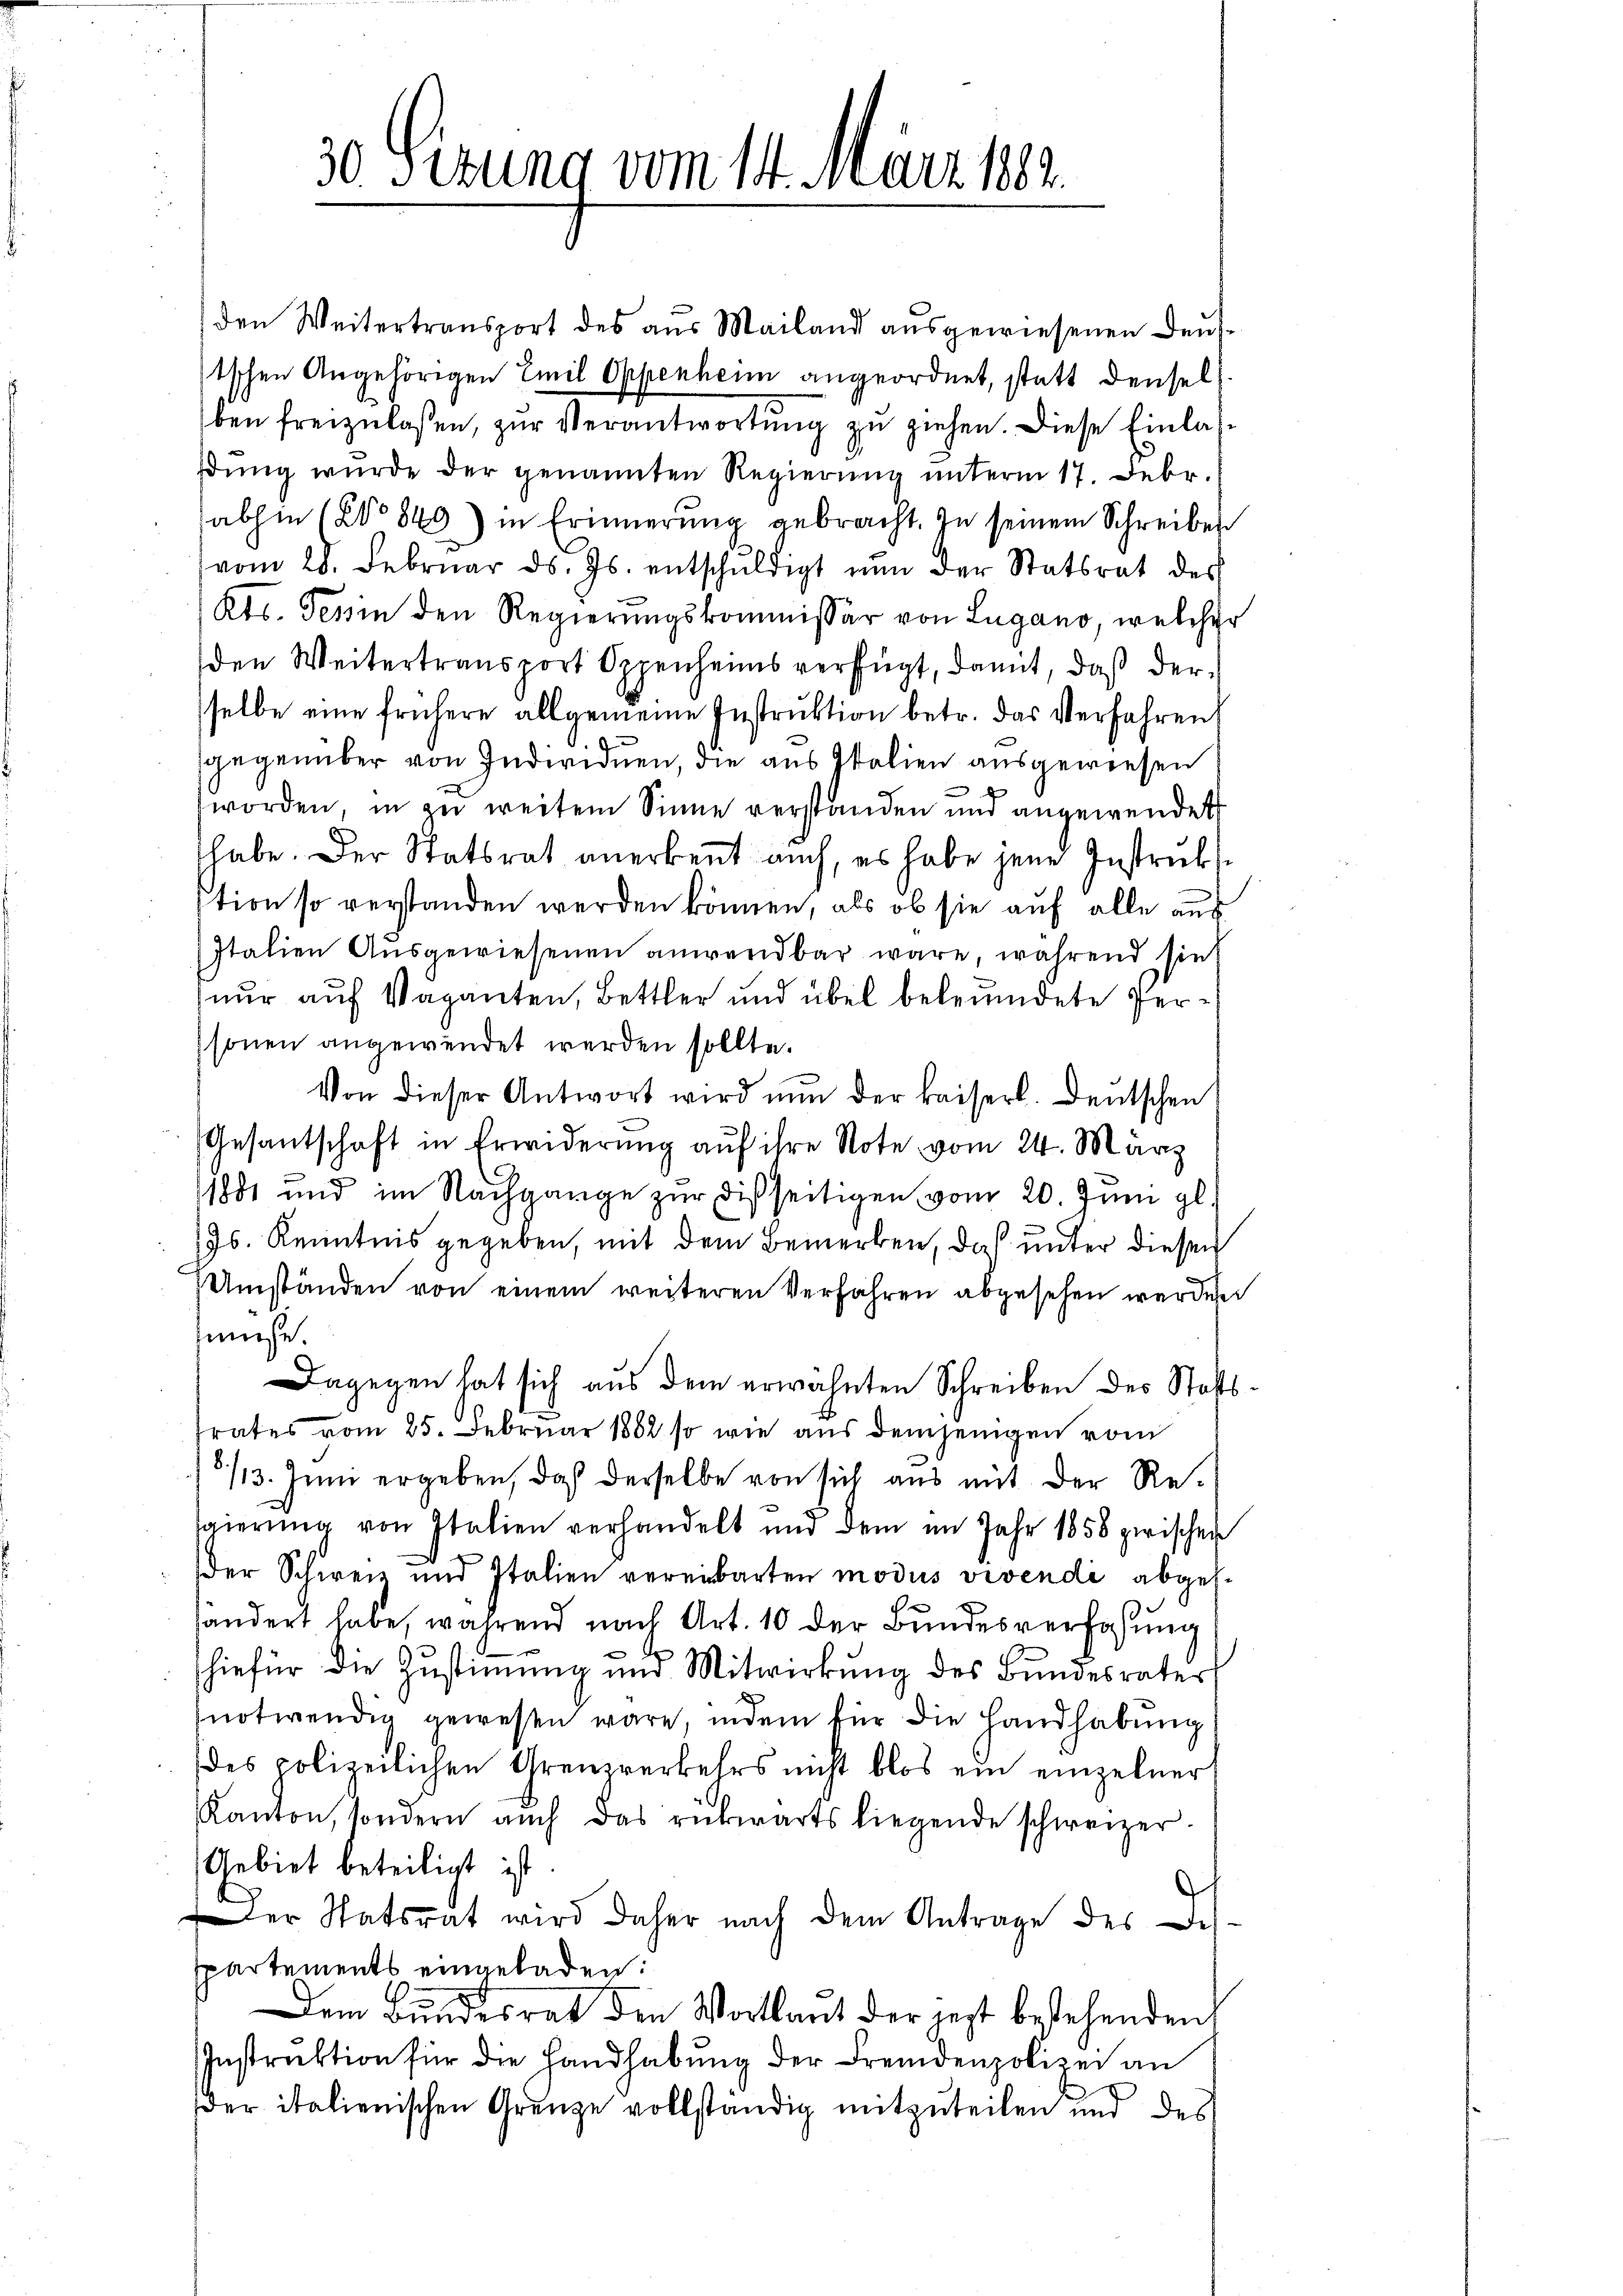
30 Sezung vom 14. März 1882.

den Weitertransport des aus Mailand ausgewiesenen Deustschen Angehörigen Emil Oppenheim angeordnet, statt denselben freizulaßen, zur Verantwortung zu ziehen. Diese Einlasdŭng wurde der genannten Regierŭng ŭnterm 17. Febr.
abhin (2 849) in Erinnerung gebracht. In seinem Schreiben
vom 28. Febrŭar d. Js. entschŭldigt nŭn der Statsrat der
Kts. Tessin den Regierungskommissär von Lugano, welcher
den Weitertransport Degenheims verfügt, damit, daß der
selbe eine frühere allgemeine Instrŭktion betr. das Verfahren
sgegenüber von Individuen, die aus Italien ausgewiesen
worden, in zu weitem Sinne verständen und angewendet
habe. Der Statsrat anerkennt auch, es habe jene Instruktion so verstanden werden können, als ob sie auf alle aus
Italien Ausgewiesenen anwendbar wäre, während sie
nur auf Vaganten, Bettler und übel beleumdete Personen angewendet werden sollte.
Von dieser Antwort wird nun der kaiserl. Deutschen
Gesantschaft in Erwiderung auf ihre Note vom 24. März
1881 und im Nachgange zur disseitigen vom 20. Juni gl.
Js. Kenntnis gegeben, mit dem Bemerken, daß unter diesen
Umständen von einem weiteren Verfahren abgesehen werden
müse.
Dagegen hat sich aus dem erwähnten Schreiben des Statts
rates vom 25. Februar 1882 so wie aus demjenigen vom
8/13. Juni ergeben, daß derselbe von sich aus mit der Re-
gierŭng von Italien verhandelt und dem im Jahr 1858 zwischen
Der Schweiz und Italien vereinbarten modus vivendi abges.
händert habe, während nach Art. 10 der Bundesverfaßung
hiefür die Zustimmung und Mitwirkung des Bundesrates
notwendig gewesen wäre, indem für die Handhabung
des polizeilichen Grenzverkehrs nicht blos ein einzelner
Kanton, sondern auch das rückwärts liegende schweizer.
Gebiet beteiligt ist.
der Statsrat wird daher nach dem Antrage der Des.
spartements eingeladen:
Dem Bundesrat den Wortlaut der jetzt bestehenden
Instruktion für die Handhabung der Fremdenpolizei an
der italienischen Grenze vollständig mitzuteilen und des